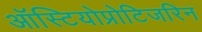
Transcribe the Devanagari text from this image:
ऑस्टियोप्रोटिजरिन